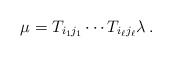
\begin{align*}\mu = T_{i_1 j_1} \cdots T_{i_\ell j_\ell} \lambda \, .\end{align*}